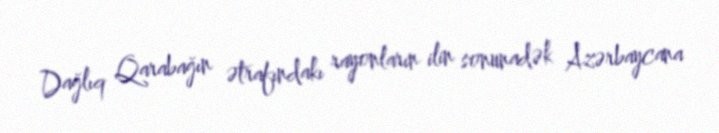
Dağlıq Qarabağın ətrafındakı rayonların ilin sonunadək Azərbaycana